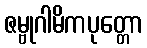
ဇမ္ဗုဂါမိကပုတ္တော